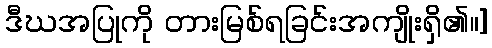
ဒီဃအပြုကို တားမြစ်ရခြင်းအကျိုးရှိ၏။]